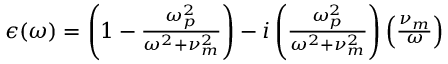
\begin{array} { r } { \epsilon ( \omega ) = \left( 1 - \frac { \omega _ { p } ^ { 2 } } { \omega ^ { 2 } + \nu _ { m } ^ { 2 } } \right) - i \left( \frac { \omega _ { p } ^ { 2 } } { \omega ^ { 2 } + \nu _ { m } ^ { 2 } } \right) \left( \frac { \nu _ { m } } { \omega } \right) } \end{array}